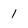
Character: I